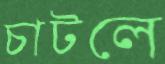
চাটলে